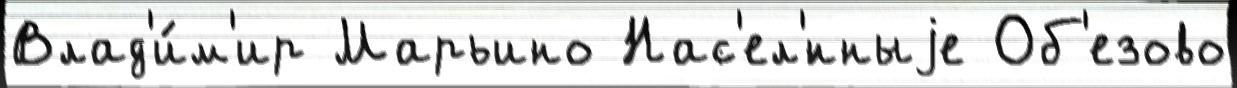
Влад'и́м'ир Марьино Нас'ел'́нныjе Об'езово